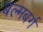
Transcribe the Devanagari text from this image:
बल्मबर्ग